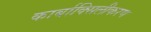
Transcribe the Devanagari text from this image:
कार्बाक्सिलीकरण